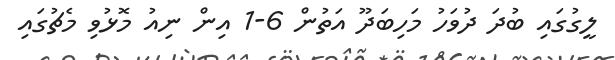
ލީގުގައި ބުދަ ދުވަހު މަހިބަދޫ އަތުން 6-1 އިން ނިއު މޮޅުވި މެޗުގައި